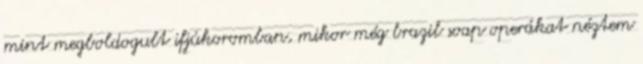
mint megboldogult ifjúkoromban, mikor még brazil soap operákat néztem